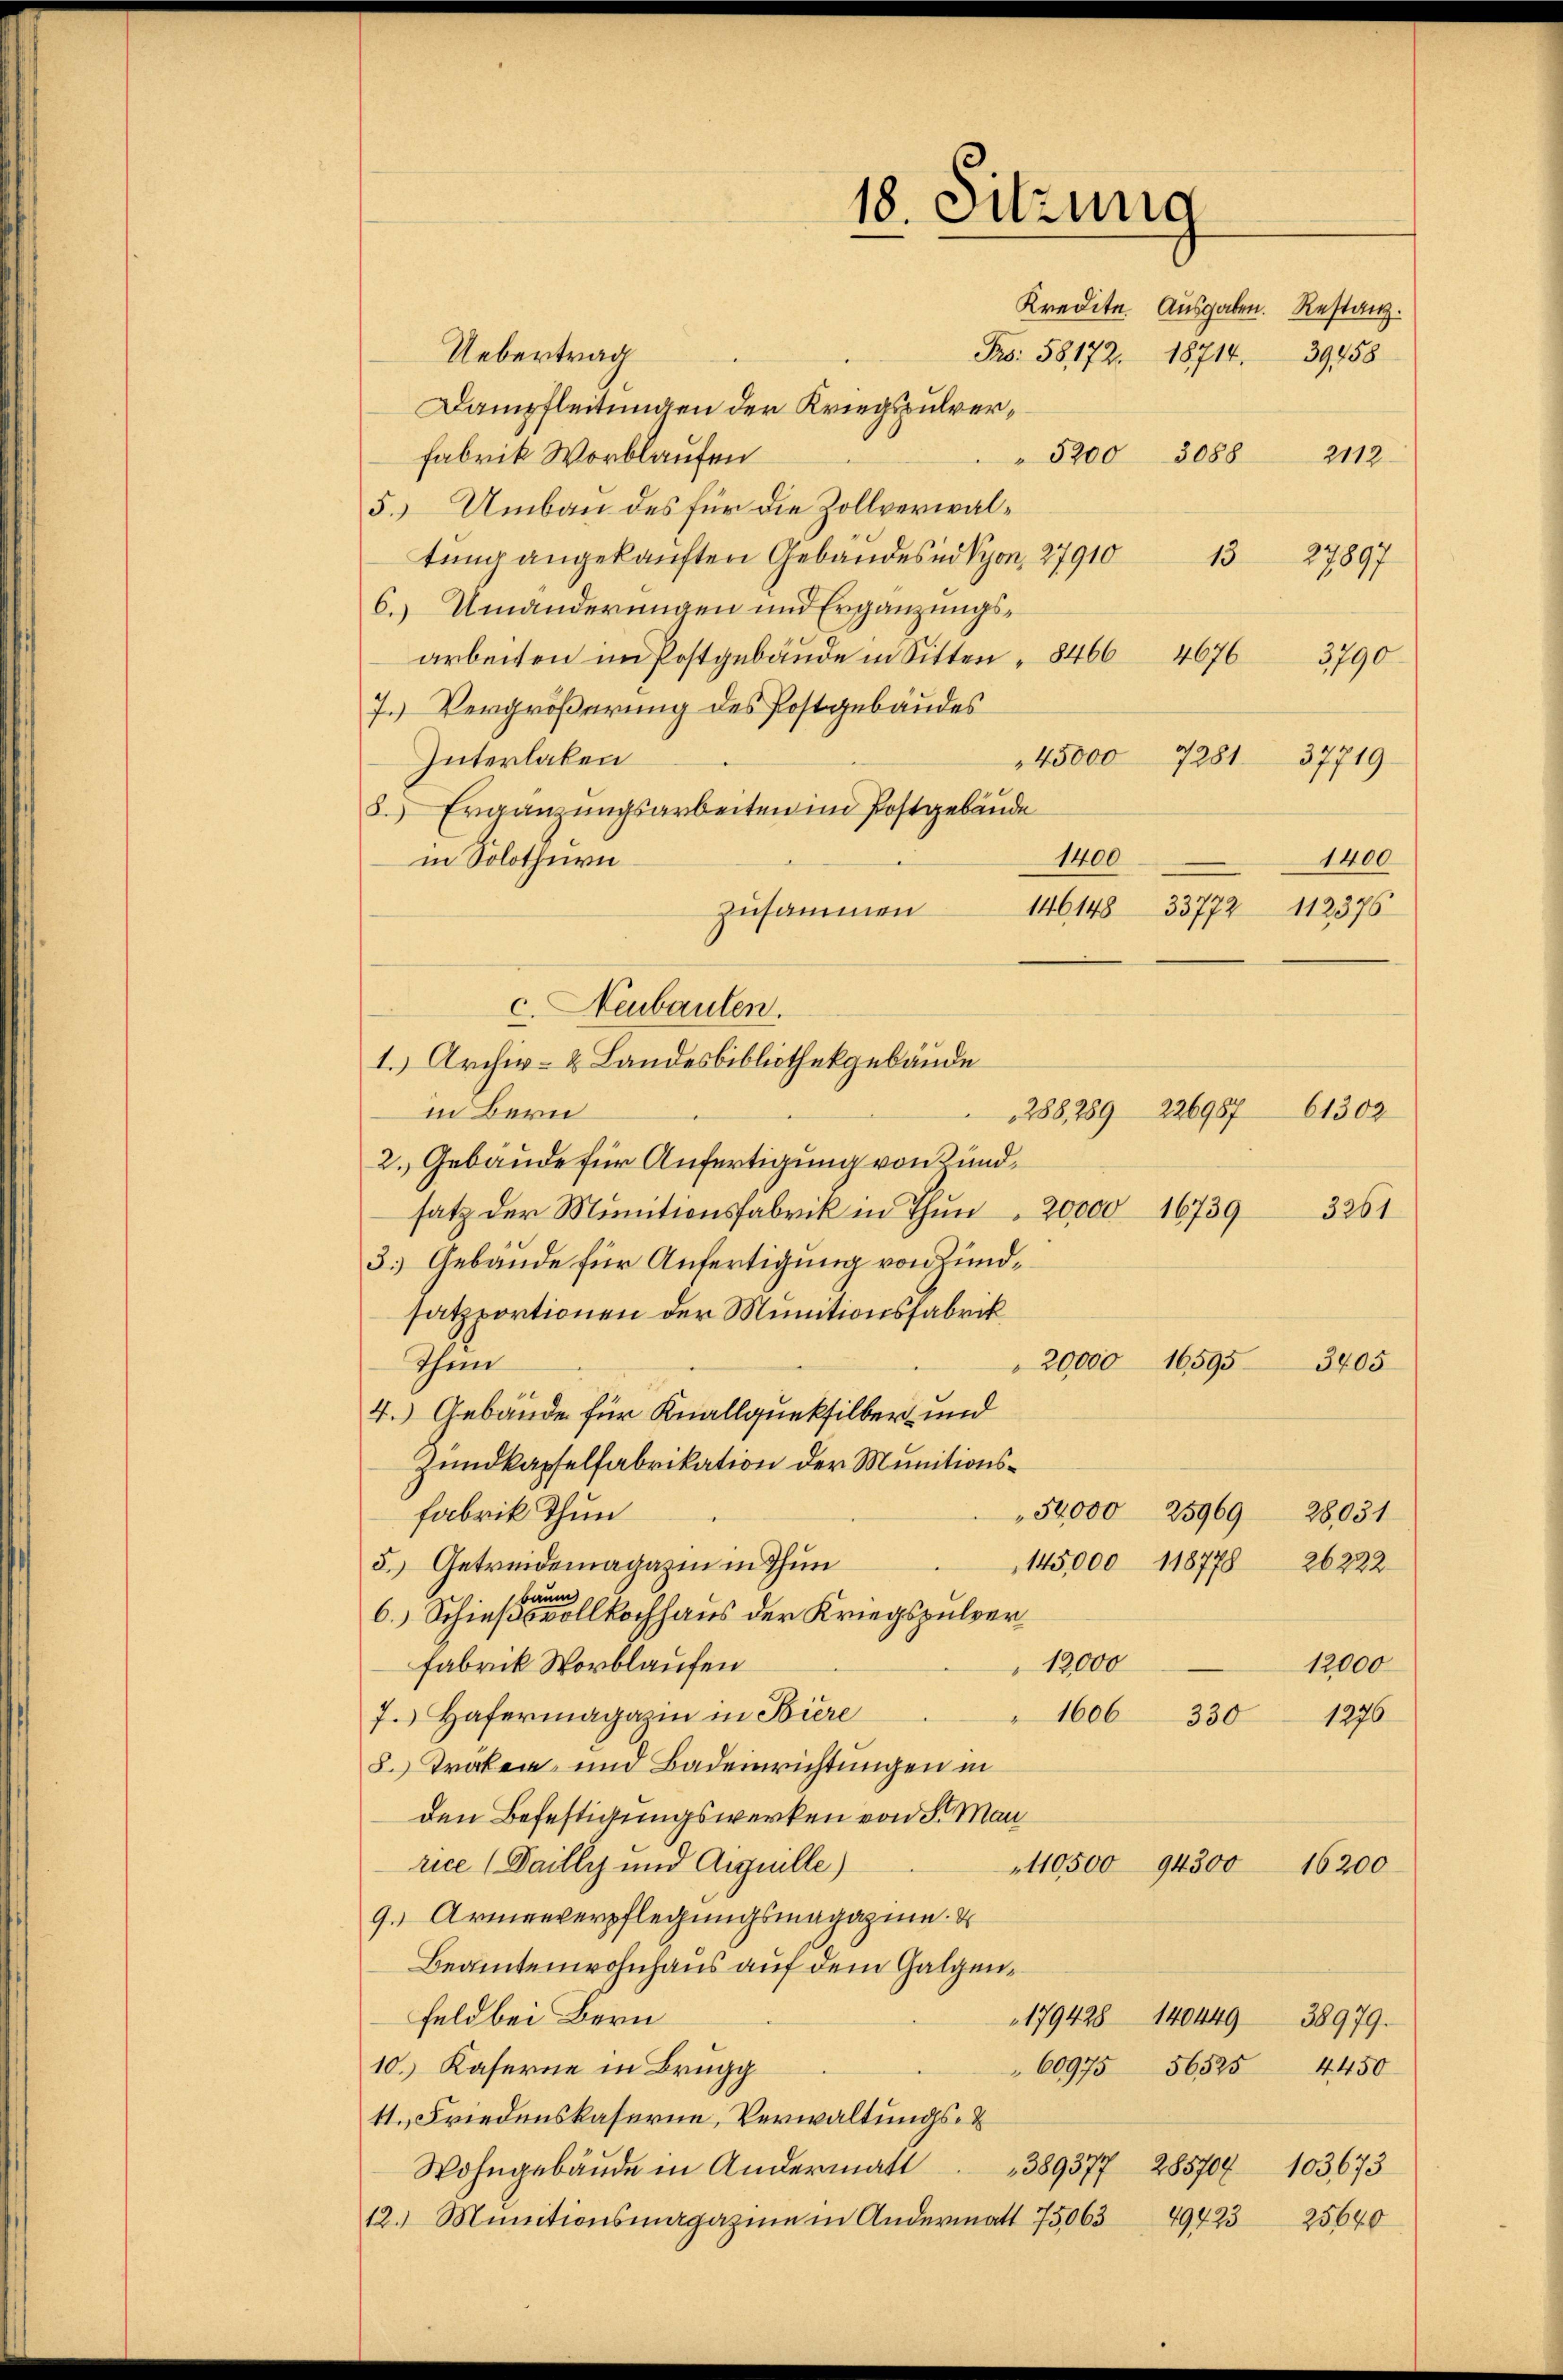
Uebertrag
Pro. 58172. 18714. 3958
Dampfleitungen der Kriegspulver¬
Fabrik Worblaufen
" 5200 3088 2112
5.) Umbau des für die Zollverwaltung angekauften Gebäudes in Syon, 27910
6. Umänderungen und Ergänzungsarbeiten im Postgebäude in Sitten " 84664676
3790.
7. Vergrößerung des Postgebäudes
Interlaken
45000 7281 37719
8. Ergänzungsarbeiten im Postgebäude
1400
1400
in Solothurn
146148 33772 112376
zusammen
in Bern
288, 289 226987 61302
2. Gebäude für Anfertigung von undsatz der Munitionsfabrik in Thun 20000 16739
3.) Gebäude für Anfertigung von Zundsatzportionen der Munitionsfabrik
20,000 16595
Thun
3805
4.) Gebäude für Knallqueksilber und
Zundkapselfabrikation der Munitions¬
54,000 25969
fabrik thun
28051
145,000 118778
26222
5.) Getreidemagazin in Thun
6. Schiesigen kochhaus der Kriegspulver
Fabrik Worblaufen
12,000
12000
7. Hafermagazin in Biere
1606 330
1276
2. Traken- und Badeinrichtungen in
den Befestigungswerken von Sr. Man
rice (Failly und Auguille)
110500 94300 16200
9. Armenverpflegungsmagazine. E
Beamtenwohnhaus auf dem Galgen¬
Feld bei Bern
179428 140449 38979.
10.) Kaserne in Brugg
4450
60975 56525
11. Friedenskaserne, Verwaltungs-
389377 285707 103673
Wohngebäude in Andermatt
19873
12.) Munitionsmagazine in Andermatt 75063
25640

c. Neubauten.
1. Archiv- & Landesbibliothekgebäude

18. Sitzung
Kredite Ausgaben. Restanz.

15
27897

3261